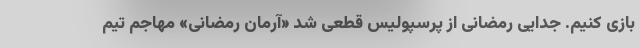
بازی کنیم. جدایی رمضانی از پرسپولیس قطعی شد «آرمان رمضانی» مهاجم تیم